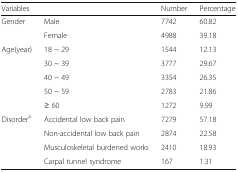
<table><thead><tr><td colspan="2"><b>Variables</b></td><td><b>Number</b></td><td><b>Percentage</b></td></tr></thead><tbody><tr><td rowspan="2">Gender</td><td>Male</td><td>7742</td><td>60.82</td></tr><tr><td>Female</td><td>4988</td><td>39.18</td></tr><tr><td rowspan="5">Age(year)</td><td>18 ~ 29</td><td>1544</td><td>12.13</td></tr><tr><td>30 ~ 39</td><td>3777</td><td>29.67</td></tr><tr><td>40 ~ 49</td><td>3354</td><td>26.35</td></tr><tr><td>50 ~ 59</td><td>2783</td><td>21.86</td></tr><tr><td>≥ 60</td><td>1272</td><td>9.99</td></tr><tr><td rowspan="4">Disorder<sup>a</sup></td><td>Accidental low back pain</td><td>7279</td><td>57.18</td></tr><tr><td>Non-accidental low back pain</td><td>2874</td><td>22.58</td></tr><tr><td>Musculoskeletal burdened works</td><td>2410</td><td>18.93</td></tr><tr><td>Carpal tunnel syndrome</td><td>167</td><td>1.31</td></tr></tbody></table>